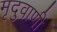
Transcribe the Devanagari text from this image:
मृदुवाणी